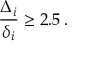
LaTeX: \frac { \Delta _ { i } } { \delta _ { i } } \ge 2 . 5 \, .